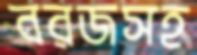
বরজসহ